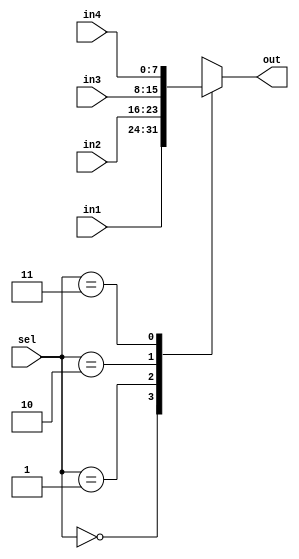
module mux4to1v(in1, in2, in3, in4, sel, out);
    input wire [7:0] in1, in2, in3, in4;
    input wire [1:0] sel;
    output wire [7:0] out;
    always @(*) begin
        case (sel)
            2'b00: out = in1;
            2'b01: out = in2;
            2'b10: out = in3;
            2'b11: out = in4;
        endcase
    end
endmodule
module top_module ( 
    input clk, 
    input [7:0] d, 
    input [1:0] sel, 
    output [7:0] q 
);
    wire [7:0] temp1, temp2, temp3;
    my_dff8 instance1(.clk(clk), .d(d), .q(temp1));
    my_dff8 instance2(.clk(clk), .d(temp1), .q(temp2));
    my_dff8 instance3(.clk(clk), .d(temp2), .q(temp3));
    mux4to1v instance4(.in1(d), .in2(temp1), .in3(temp2), .in4(temp3), .sel(sel), .out(q));
endmodule